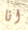
انا